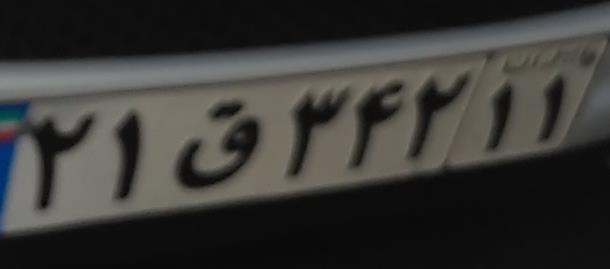
۲۱ق۳۴۲۱۱